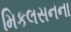
મિકલસનના